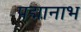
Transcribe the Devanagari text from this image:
पद्मानाभ